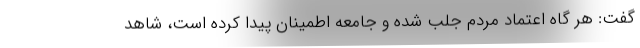
گفت: هر گاه اعتماد مردم جلب شده و جامعه اطمینان پیدا کرده است، شاهد